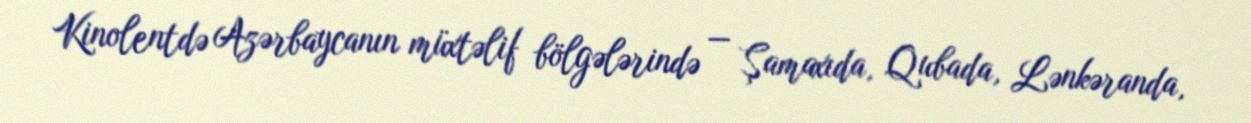
Kinolentdə Azərbaycanın müxtəlif bölgələrində — Şamaxıda, Qubada, Lənkəranda,